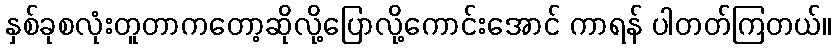
နှစ်ခုစလုံးတူတာကတော့ဆိုလို့ပြောလို့ကောင်းအောင် ကာရန် ပါတတ်ကြတယ်။